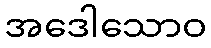
အဒေါသောဝ